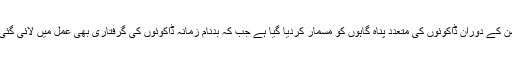
آپریشن کے دوران ڈاکوئوں کی متعدد پناہ گاہوں کو مسمار کردیا گیا ہے جب کہ بدنام زمانہ ڈاکوئوں کی گرفتاری بھی عمل میں لائی گئی ہے۔